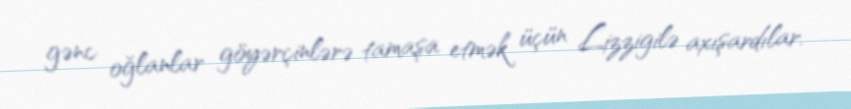
gənc oğlanlar göyərçinlərə tamaşa etmək üçün Lizzigilə axışardılar.